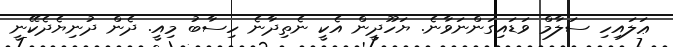
ޢަލައިހި ސަލާމް ވަޑައިގަންނަވާނެ. ޔަހޫދީން އެކީ ނެތިދާނެ ހިސާބު މިއީ. ދެން ދުނިޔެދެކޭނީ